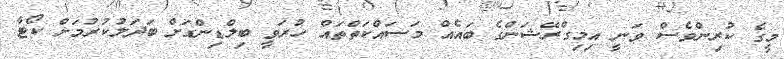
މީގެ ކުރިންވެސް ވަނީ އިމިގްރޭޝަންގެ ބައެއް މަސައްކަތްތައް ހުރަވީ ބިލްޑިންގަށް ބަދަލުކުރުމަށް ކޯޓާ